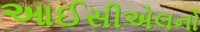
આઈસીએલનો